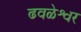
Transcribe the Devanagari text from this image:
ढवळेश्वर